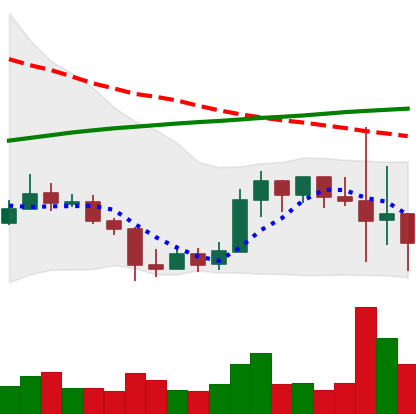
Ticker: LINK-USD
Chart end date: 2019-09-26
Forward return: 10.87%
Label: up_7plus